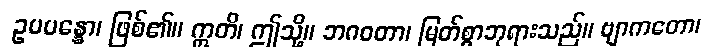
ဥပပန္နော၊ ဖြစ်၏။ ဣတိ၊ ဤသို့။ ဘဂဝတာ၊ မြတ်စွာဘုရားသည်။ ဗျာကတော၊